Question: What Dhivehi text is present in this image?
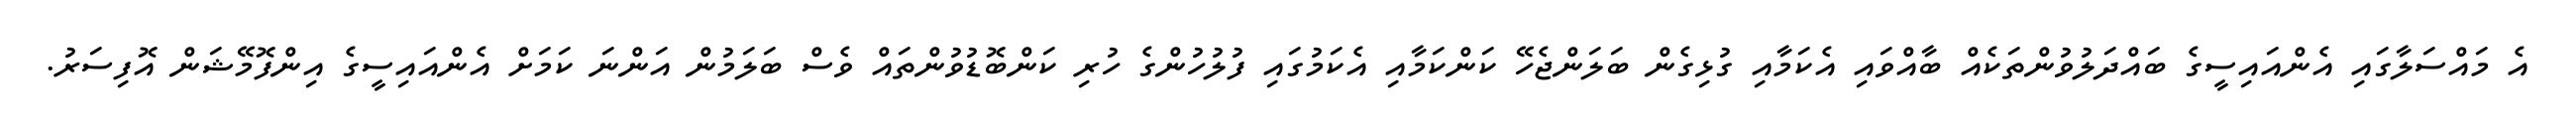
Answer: އެ މައްސަލާގައި އެންއައިސީގެ ބައްދަލުވުންތަކެއް ބާއްވައި އެކަމާއި ގުޅިގެން ބަލަންޖެހޭ ކަންކަމާއި އެކަމުގައި ފުލުހުންގެ ހުރި ކަންބޮޑުވުންތައް ވެސް ބަލަމުން އަންނަ ކަމަށް އެންއައިސީގެ އިންފޮމޭޝަން އޮފިސަރު.